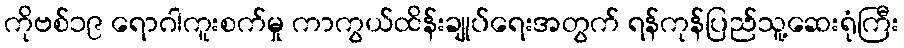
ကိုဗစ်၁၉ ရောဂါကူးစက်မှု ကာကွယ်ထိန်းချုပ်ရေးအတွက် ရန်ကုန်ပြည်သူ့ဆေးရုံကြီး